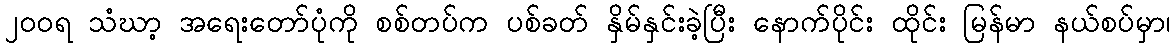
၂ဝဝရ သံဃာ့ အရေးတော်ပုံကို စစ်တပ်က ပစ်ခတ် နှိမ်နှင်းခဲ့ပြီး နောက်ပိုင်း ထိုင်း မြန်မာ နယ်စပ်မှာ၊